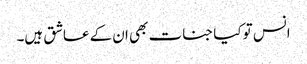
انس تو کیا جنات بھی ان کے عاشق ہیں۔